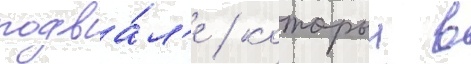
подва́л'е / которыи в